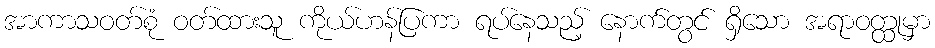
အာကာသဝတ်စုံ ဝတ်ထားသူ ကိုယ်ဟန်ပြကာ ရပ်နေသည့် နောက်တွင် ရှိသော အရာဝတ္ထုမှာ